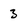
Character: 3